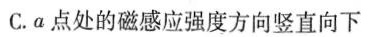
C.a点处的磁感应强度方向竖直向下